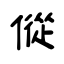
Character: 傱